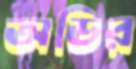
অডির